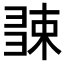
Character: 𢑧